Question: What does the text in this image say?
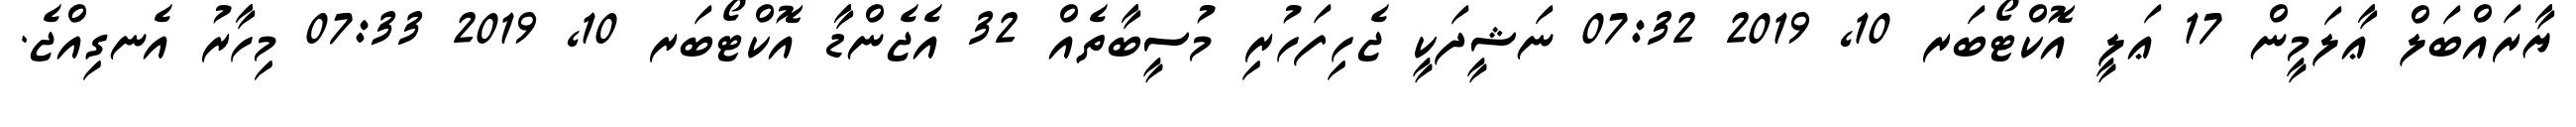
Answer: ޔާރައްބަލް ޢާލަމީން 17 ޢަލީ އޮކްޓޯބަރ 10, 2019 07:32 ނަޝީދަކީ ޖެހިފަހުރި މުސީބާތެއް 32 އެޖެންޑާ އޮކްޓޯބަރ 10, 2019 07:33 މިހާރު އެނގިއްޖެ.